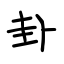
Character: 卦